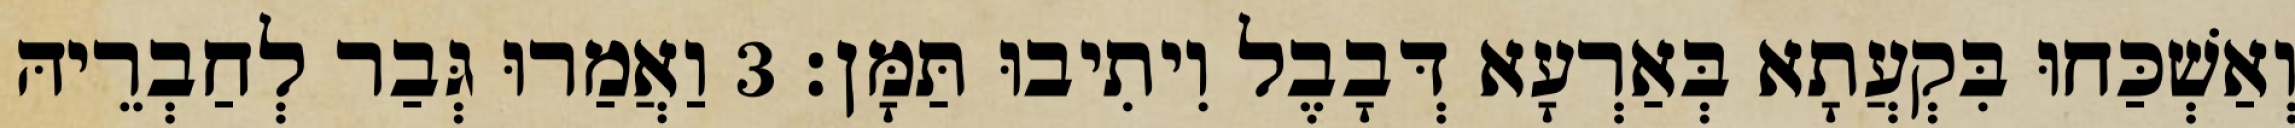
וְאַשְׁכַּחוּ בִּקְעֲתָא בְּאַרְעָא דְּבָבֶל וִיתִיבוּ תַּמָּן׃ 3 וַאֲמַרוּ גְּבַר לְחַבְרֵיהּ